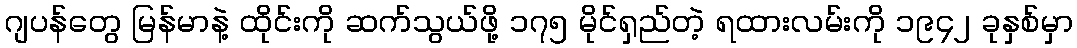
ဂျပန်တွေ မြန်မာနဲ့ ထိုင်းကို ဆက်သွယ်ဖို့ ၁၇၅ မိုင်ရှည်တဲ့ ရထားလမ်းကို ၁၉၄၂ ခုနှစ်မှာ